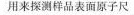
用来探测样品表面原子尺